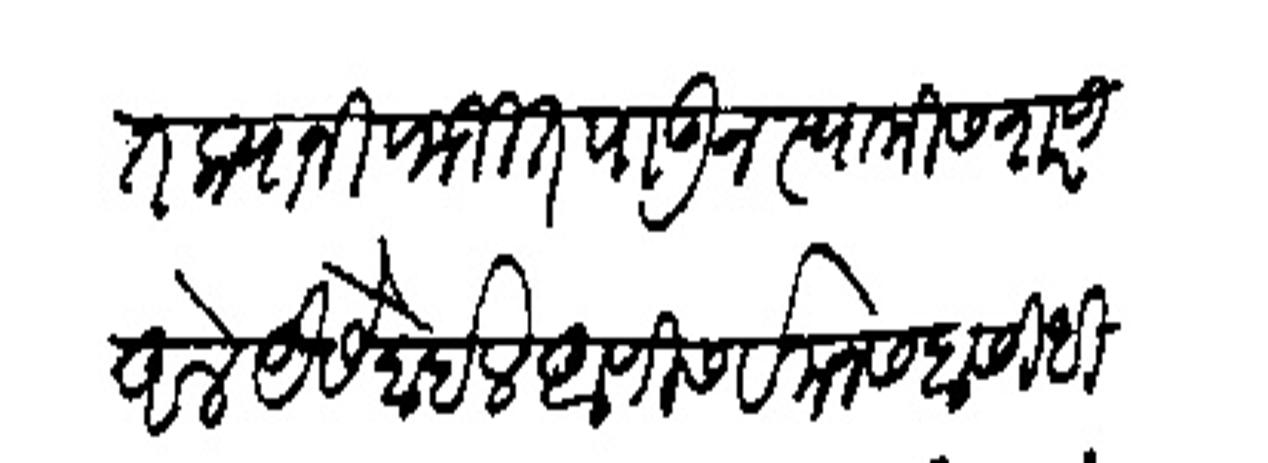
Transliteration (Devanagari): तितक्यानी फजित पाऊन स्वामीस शरण आले यैसे होईल आणि सर्व मनसबा सिधीस